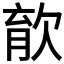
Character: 𣣎